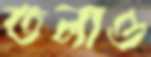
তলাও